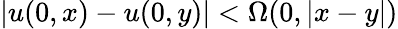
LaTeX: |u(0,x)-u(0,y)|<\Omega(0,|x-y|)